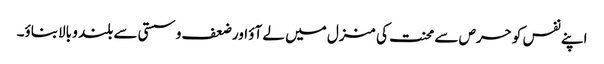
اپنے نفس کو حرص سے محنت کی منزل میں لے آؤ اور ضعف و سستی سے بلند و بالابناؤ۔